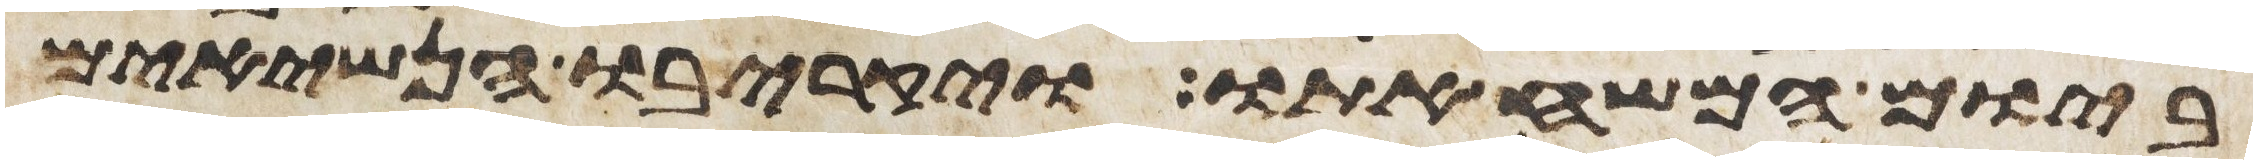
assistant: ביום המשיח אתו ויקריבו הנשיאים